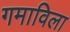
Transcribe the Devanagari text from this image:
गमाविला